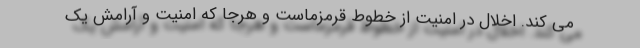
می کند. اخلال در امنیت از خطوط قرمزماست و هرجا که امنیت و آرامش یک